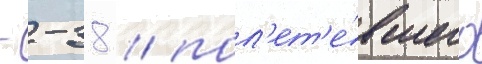
- -38 / пол'ет'е́вшего